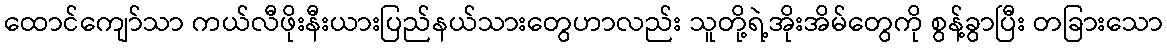
ထောင်ကျော်သာ ကယ်လီဖိုးနီးယားပြည်နယ်သားတွေဟာလည်း သူတို့ရဲ့အိုးအိမ်တွေကို စွန့်ခွာပြီး တခြားသော